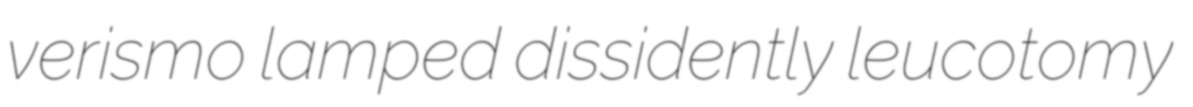
verismo lamped dissidently leucotomy